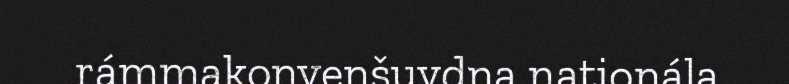
rámmakonvenšuvdna nationála